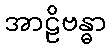
အာဠိဗန္ဓာ